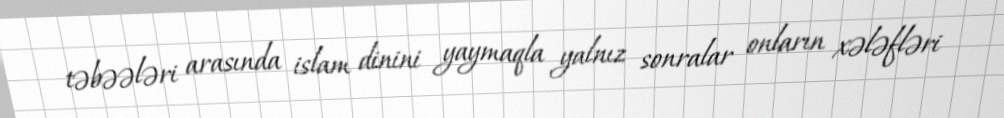
təbəələri arasında islam dinini yaymaqla yalnız sonralar onların xələfləri